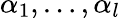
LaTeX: \alpha_{1},\dots,\alpha_{l}